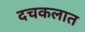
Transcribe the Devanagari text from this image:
दचकलात